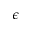
\epsilon